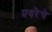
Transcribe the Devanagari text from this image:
प्रवरेचे